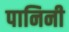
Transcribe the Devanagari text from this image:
पानिनी